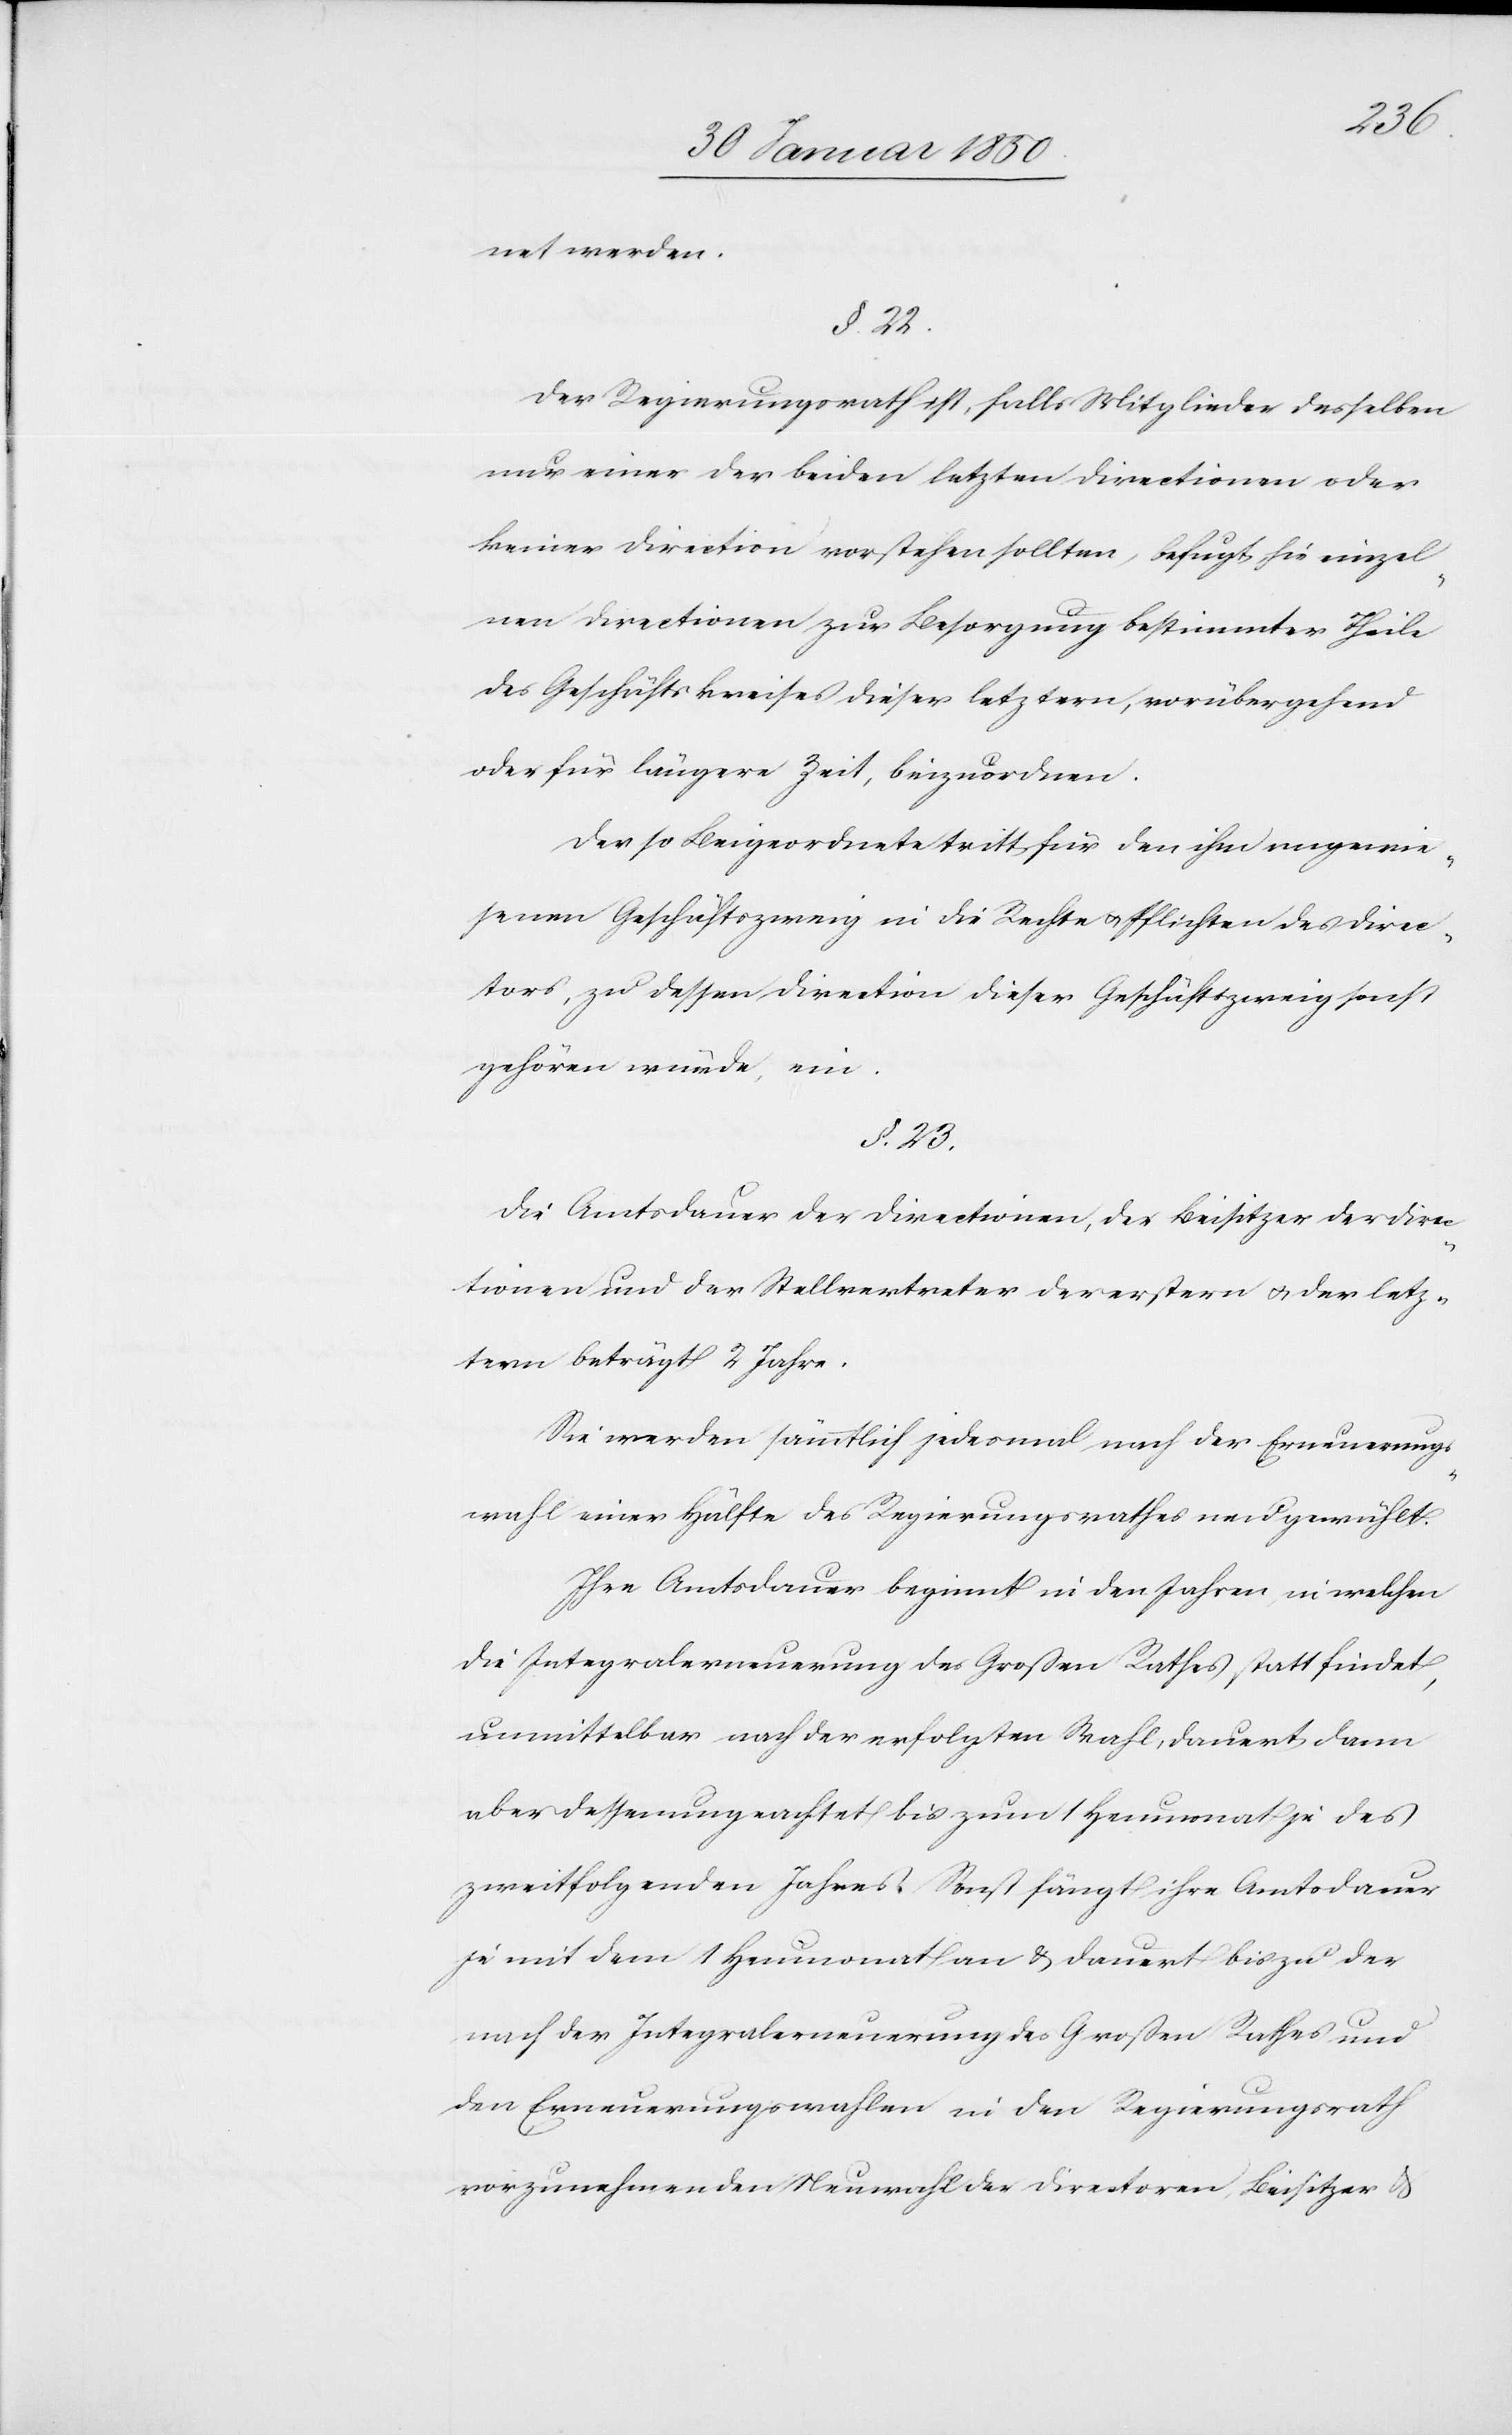
net werden.
§. 22.
Der Regierungsrath ist, falls Mitglieder desselben
nur einer der beiden letzten Directionen oder
keiner Direction vorstehen sollten, befugt, hie [sic!] einzel¬
nen Directionen zur Besorgung bestimmter Theile
des Geschäftskreises dieser letztern, vorübergehend
oder für längere Zeit, beizuordnen.
Der so Beigeordnete tritt für den ihm angewie¬
senen Geschäftszweig in die Rechte u. Pflichten des Direc¬
tors, zu dessen Direction dieser Geschäftszweig sonst
gehören würde, ein.
§. 23.
Die Amtsdauer der Directionen, des Beisitzer der Direc¬
tionen und der Stellvertreter der erstern u. der letz¬
tern beträgt 2 Jahre.
Sie werden sämmtlich jedesmal nach der Erneuerungs¬
wahl einer Hälfte des Regierungsrathes neu gewählt.
Ihre Amtsdauer beginnt in den Jahren, in welchen
die Integralerneuerung des Großen Rathes stattfindet,
unmittelbar nach der erfolgten Wahl, dauert dann
aber dessenungeachtet bis zum Heumonat je des
zweitfolgenden Jahres. Sonst fängt ihre Amtsdauer
je mit dem 1 Heumonat an u. dauert bis zu der
nach der Integralerneuerung des Großen Rathes und
den Erneuerungswahlen in den Regierungsrath
vorzunehmenden Neuwahl der Directoren, Beisitzer u.